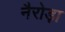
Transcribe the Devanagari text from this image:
नैरोड़ा